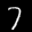
Label: 7